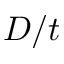
D / t